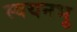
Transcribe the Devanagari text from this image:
स्वयनभु